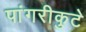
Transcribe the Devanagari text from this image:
पांगरीकुटे